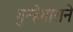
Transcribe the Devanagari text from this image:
गुन्हेगाराने